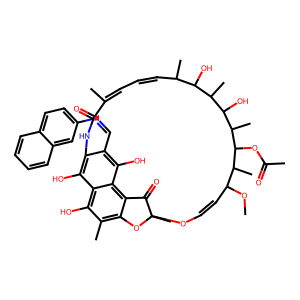
SMILES: COC1C=COC2(C)Oc3c(C)c(O)c4c(O)c(c(C=Nc5ccc6ccccc6c5)c(O)c4c3C2=O)NC(=O)C(C)=CC=CC(C)C(O)C(C)C(O)C(C)C(OC(C)=O)C1C
Inhibits HIV replication: No